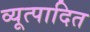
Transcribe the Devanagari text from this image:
व्यूत्पादित